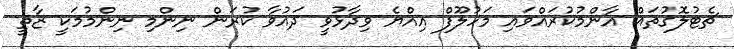
ޗެޓުލޮގުތައް އާންމުކުރައްވައި މަހުލޫފް އިއްޔެ ވިދާޅުވީ ދައުވާ ކުރަން ނިންމި ނިންމުމަކީ ޒާތީ